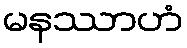
မနဿာဟံ